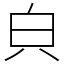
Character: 㒵